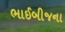
ભાઈબીજના